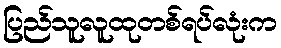
ပြည်သူလူထုတစ်ရပ်လုံးက